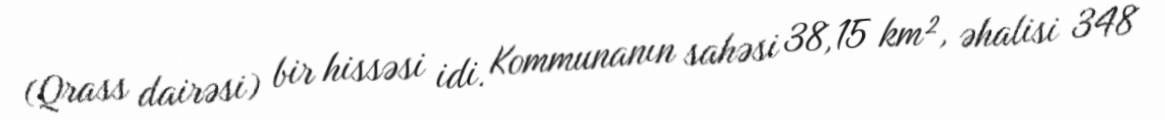
(Qrass dairəsi) bir hissəsi idi. Kommunanın sahəsi 38,15 km², əhalisi 348